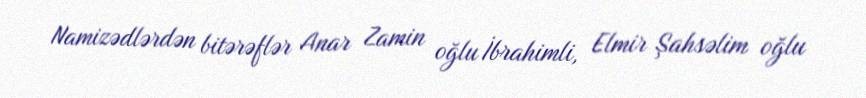
Namizədlərdən bitərəflər Anar Zamin oğlu İbrahimli, Elmir Şahsəlim oğlu